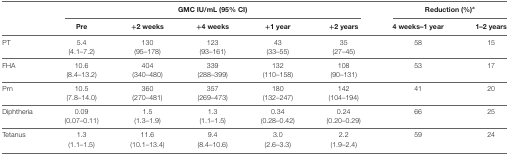
<table><thead><tr><td></td><td colspan="5"><b>GMC IU/mL (95% CI)</b></td><td colspan="2"><b>Reduction (%)<sup>a</sup></b></td></tr><tr><td></td><td><b>Pre</b></td><td><b>+2 weeks</b></td><td><b>+4 weeks</b></td><td><b>+1 year</b></td><td><b>+2 years</b></td><td><b>4 weeks–1 year</b></td><td><b>1–2 years</b></td></tr></thead><tbody><tr><td>PT</td><td>5.4</td><td>130</td><td>123</td><td>43</td><td>35</td><td>58</td><td>15</td></tr><tr><td></td><td>(4.1–7.2)</td><td>(95–178)</td><td>(93–161)</td><td>(33–55)</td><td>(27–45)</td><td></td><td></td></tr><tr><td>FHA</td><td>10.6</td><td>404</td><td>339</td><td>132</td><td>108</td><td>53</td><td>17</td></tr><tr><td></td><td>(8.4–13.2)</td><td>(340–480)</td><td>(288–399)</td><td>(110–158)</td><td>(90–131)</td><td></td><td></td></tr><tr><td>Prn</td><td>10.5</td><td>360</td><td>357</td><td>180</td><td>142</td><td>41</td><td>20</td></tr><tr><td></td><td>(7.8–14.0)</td><td>(270–481)</td><td>(269–473)</td><td>(132–247)</td><td>(104–194)</td><td></td><td></td></tr><tr><td>Diphtheria</td><td>0.09</td><td>1.5</td><td>1.3</td><td>0.34</td><td>0.24</td><td>66</td><td>25</td></tr><tr><td></td><td>(0.07–0.11)</td><td>(1.3–1.9)</td><td>(1.1–1.5)</td><td>(0.28–0.42)</td><td>(0.20–0.29)</td><td></td><td></td></tr><tr><td>Tetanus</td><td>1.3</td><td>11.6</td><td>9.4</td><td>3.0</td><td>2.2</td><td>59</td><td>24</td></tr><tr><td></td><td>(1.1–1.5)</td><td>(10.1–13.4)</td><td>(8.4–10.6)</td><td>(2.6–3.3)</td><td>(1.9–2.4)</td><td></td><td></td></tr></tbody></table>